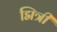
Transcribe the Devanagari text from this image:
द्मित्री